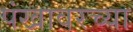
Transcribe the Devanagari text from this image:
पंखावरच्या